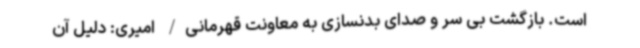
است. بازگشت بی سر و صدای بدنسازی به معاونت قهرمانی/ امیری: دلیل آن